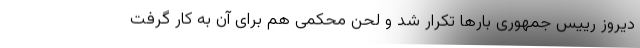
دیروز رییس جمهوری بارها تکرار شد و لحن محکمی هم برای آن به کار گرفت